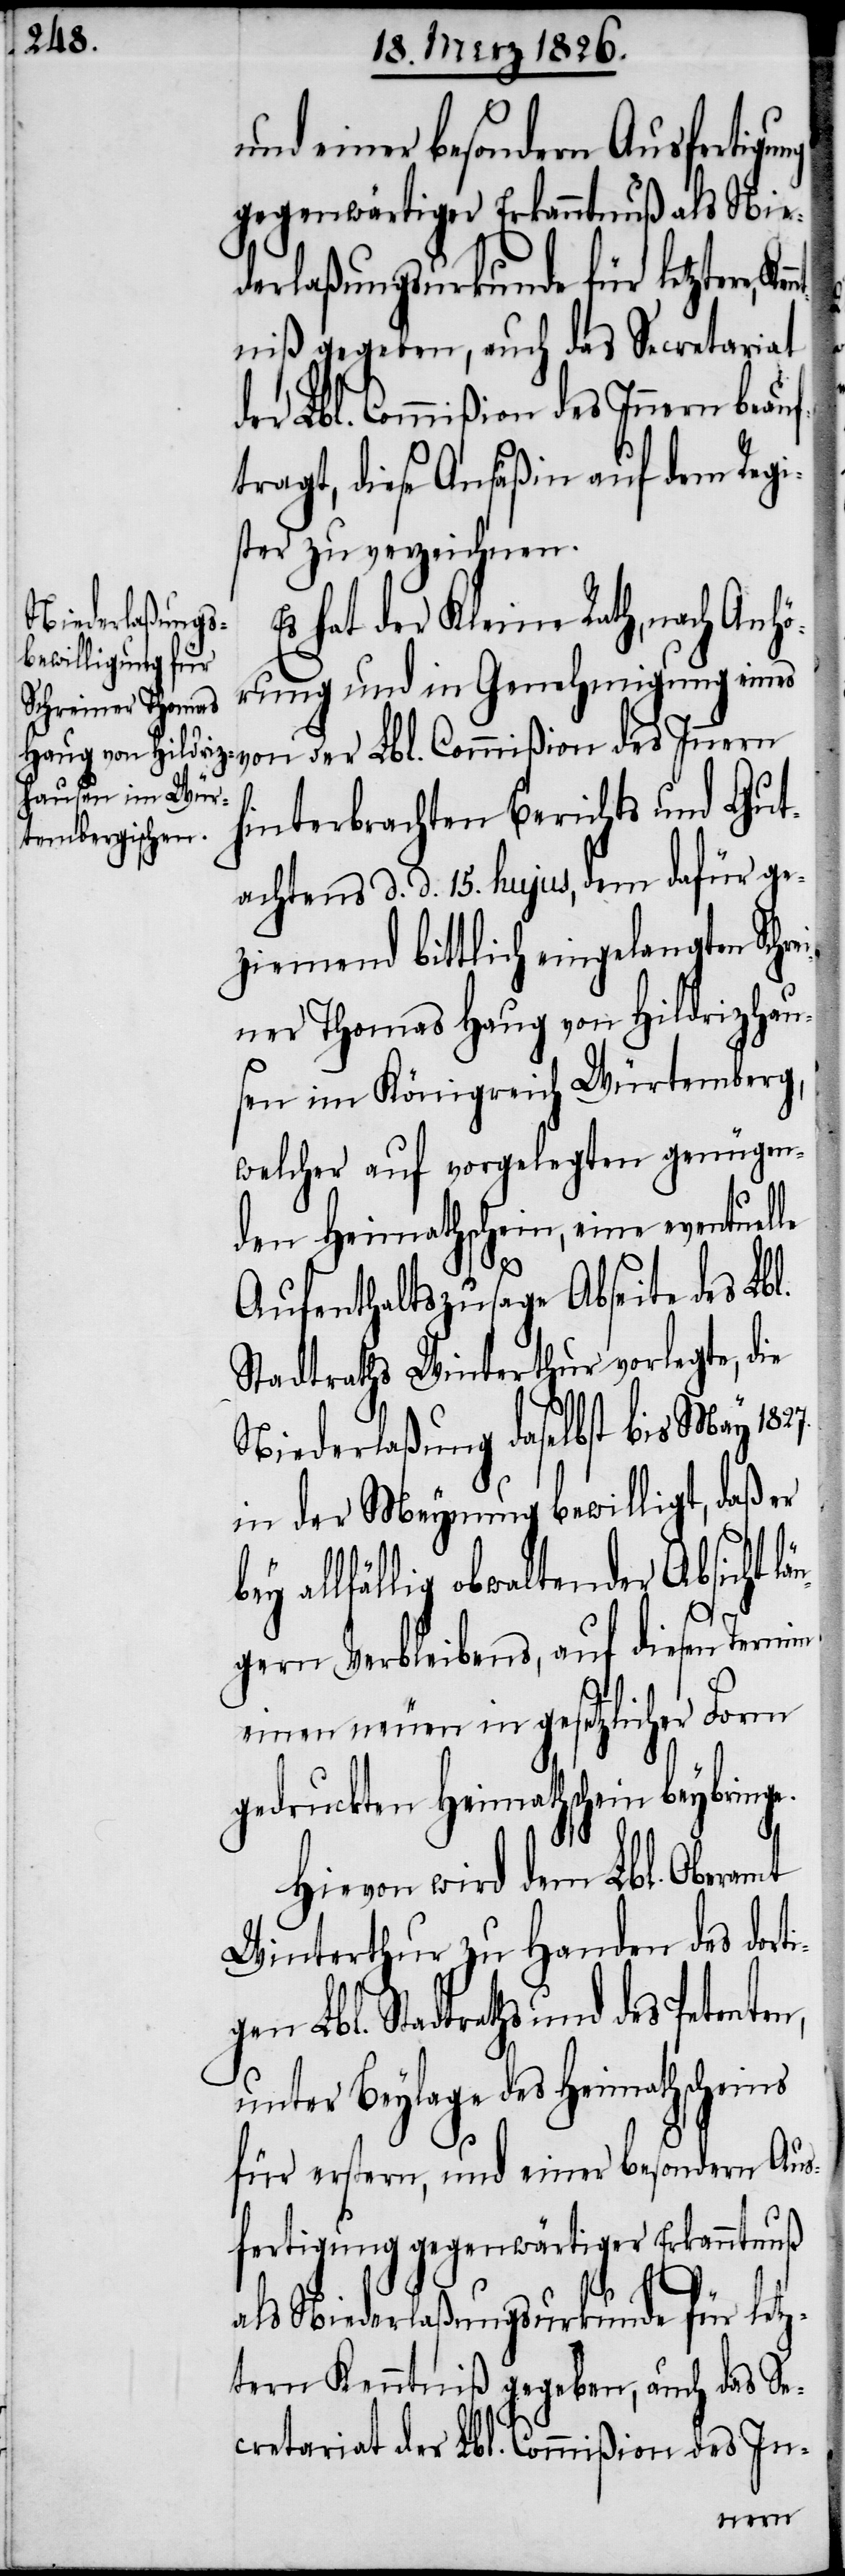
und einer besondern Ausfertigu¬
gegenwärtiger Erkanntnuß als Nie¬
derlaßungsurkunde für letztere,
niß gegeben, auch das Secretariat
der Lbl. Commißion des Innern beauf¬
tragt, diese Ansäßin auf dem Regi¬
ster zu verzeichnen.
Es hat der Kleine Rath, nach Anhö¬
rung und in Genehmigung eines
von der Lbl. Commißion des Innern
hinterbrachten Berichts und Gut¬
achtens d. d. 15. hujus, dem dafür ge¬
ziemend bittlich eingelangten Schre¬
iner Thomas Haug von Hildrizhau¬
sen im Königreich Würtemberg,
welcher auf vorgelegten genügen¬
den Heimathschein, eine eventuelle
Aufenthaltszusage Abseite des Lbl.
Stadtraths Winterthur vorlegte, die
Niederlaßung daselbst bis May 1827.
in der Meynung bewilligt, daß er
allfällig obwaltender Absicht l¬
ängern Verbleibens, auf diesen Termin
einen neuen in gesetzlicher Form
gedruckten Heimathschein beybringe.
Hievon wird dem Lbl. Oberamt
Winterthur zu Handen des dorti¬
gen Lbl. Stadtraths und des Pete¬
unter Beylage des Heimathscheins
für erstern, und einer besondern Aus¬
fertigung gegenwärtiger Erkanntnuß
als Niederlaßungsurkunde für let¬
ztern Kenntniß gegeben, auch das Se¬
cretariat der Lbl. Commißion des In-
nten,